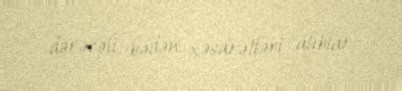
dərəcəli bədən xəsarətləri alıblar.